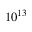
1 0 ^ { 1 3 }